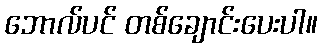
ဘောလ်ပင် တစ်ချောင်းပေးပါ။